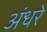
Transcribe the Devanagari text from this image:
अंधरे